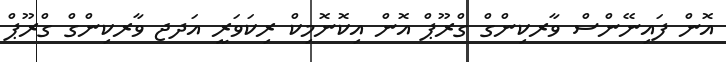
އޮން ފައިނޭންސް ވާރކިންގް ގްރޫޕް އޮން އިކޮނޮމިކް ރިކަވަރީ އަދޖ ވާރކިންގް ގްރޫޕް